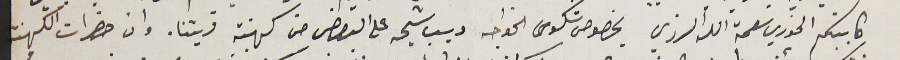
كاتبكم الخوري نعمة الله الرزي بخصوص شكوى الخواجه ديب شيحه على البعض من كهنة قريتنا. وان حضرات الكهنة